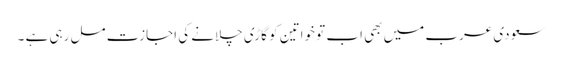
سعودی عرب میں بھی اب تو خواتین کو گاڑی چلانے کی اجازت مل رہی ہے ۔